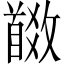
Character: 𩠩